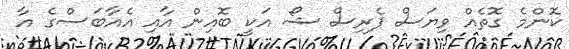
ކޮންމެ ގޮތެއް ވިޔަސް ޕެރިސް ޝޯ އަކީ ބޮއިން އާއި އެއާބަސްގެ އާ